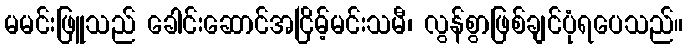
မမင်းဖြူသည် ခေါင်းဆောင်အငြိမ့်မင်းသမီ၊ လွန်စွာဖြစ်ချင်ပုံရပေသည်။